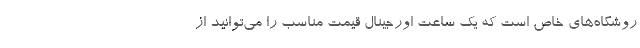
روشگاه‌های خاص است که یک ساعت اورجینال قیمت مناسب را می‌توانید از